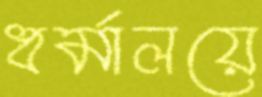
ধর্মালয়ে